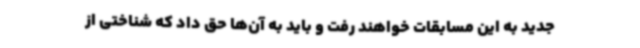
جدید به این مسابقات خواهند رفت و باید به آن‌ها حق داد که شناختی از